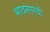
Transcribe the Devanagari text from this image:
भावनगरची